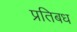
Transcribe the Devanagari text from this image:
प्रतिबध